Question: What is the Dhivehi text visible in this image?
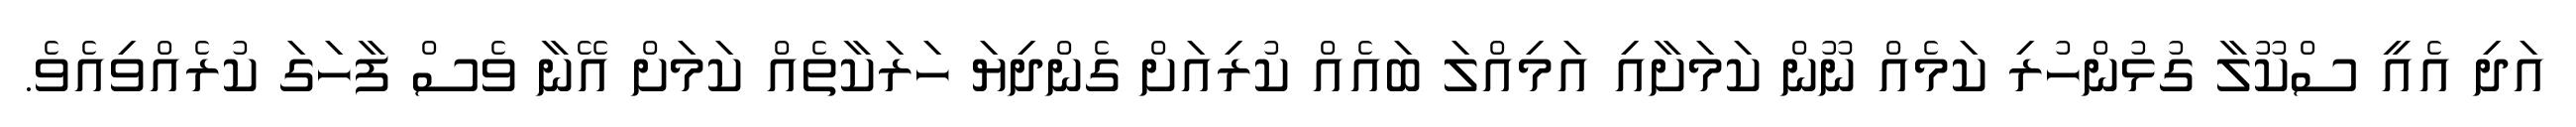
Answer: އަދި އެއީ ސްކޫލާ ގުޅުންހުރި ކަމެއް ނޫން ކަމަށާއި އަމިއްލަ ބައެއް ކުރިއަށް ގެންދިޔަ ހަރަކާތެއް ކަމަށް އޭނާ ވެސް ފާހަގަ ކުރެއްވިއެވެ.